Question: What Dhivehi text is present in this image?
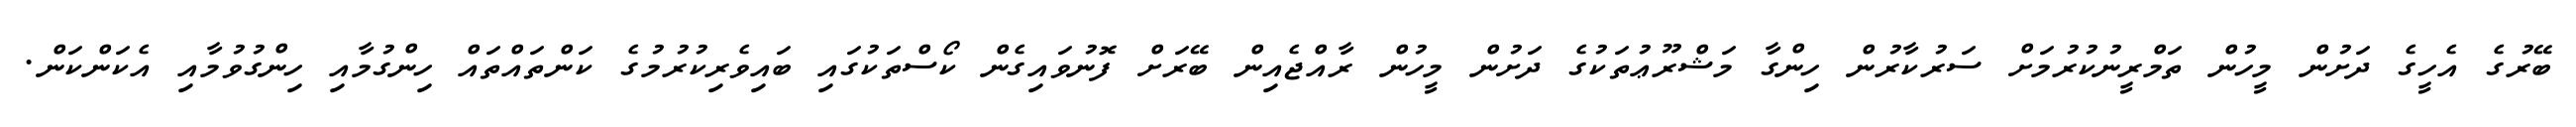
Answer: ބޭރުގެ އެހީގެ ދަށުން މީހުން ތަމްރީނުކުރުމަށް ސަރުކާރުން ހިންގާ މަޝްރޫޢުތަކުގެ ދަށުން މީހުން ރާއްޖެއިން ބޭރަށް ފޮނުވައިގެން ކޯސްތަކުގައި ބައިވެރިކުރުމުގެ ކަންތައްތައް ހިންގުމާއި ހިންގުވުމާއި އެކަންކަން.